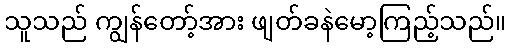
သူသည် ကျွန်တော့်အား ဖျတ်ခနဲမော့ကြည့်သည်။